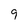
Character: 9